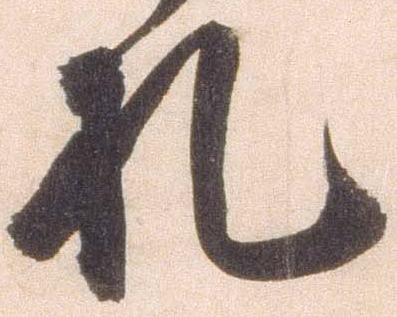
札